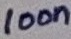
Text: 100n